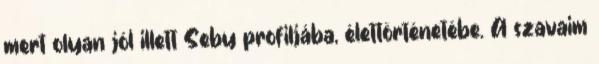
mert olyan jól illett Seby profiljába, élettörténetébe. A szavaim